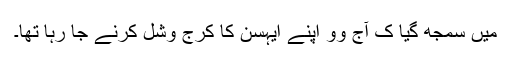
میں سمجھ گیا کِ آج وو اَپنے ایہسن کا کرج وشُل کرنے جا رہا تھا۔